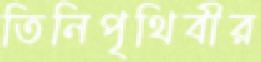
তিনিপৃথিবীর